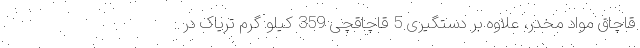
قاچاق مواد مخدر، علاوه بر دستگیری 5 قاچاقچی 359 کیلو گرم تریاک در